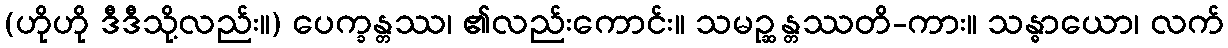
(ဟိုဟို ဒီဒီသို့လည်း။) ပေက္ခန္တဿ၊ ၏လည်းကောင်း။ သမဉ္ဆန္တဿတိ-ကား။ သန္ဓာယော၊ လက်